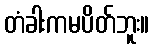
တံခါးကမပိတ်ဘူး။